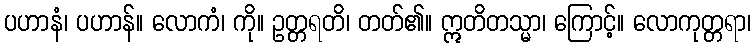
ပဟာနံ၊ ပဟာန်။ လောကံ၊ ကို။ ဥတ္တရတိ၊ တတ်၏။ ဣတိတသ္မာ၊ ကြောင့်။ လောကုတ္တရာ၊